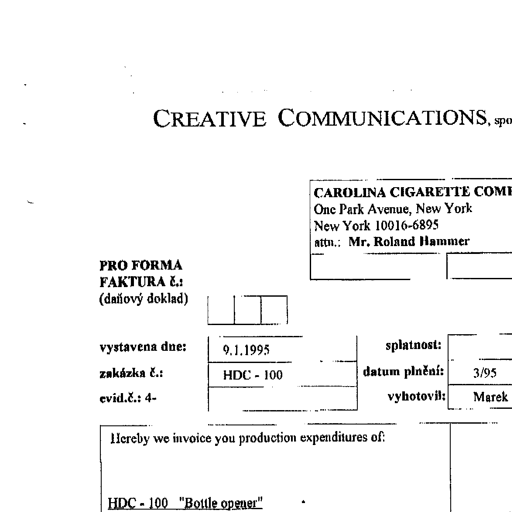
Transcript:
CREATIVE COMMUNICATIONS,

CAROLINA CIGARETTE COM
One Park Avenue, New York
New York 10016-6895
attn.: Mr. Roland Hammer

PRO FORMA
FAKTURA č.:
(daňový doklad)

vystavena dne: 9.1.1995 splatnost:
zakázka č.: HDC - 100 datum plnění: 3/95
evid.č.: 4- vyhotovil: Marek

Hereby we invoice you production expenditures of:

HDC - 100 "Bottle opener"